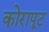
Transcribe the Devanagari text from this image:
कोरापूट